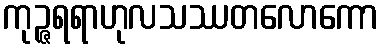
ကုဉ္ဇရရာဟုလသဿတလောကော